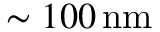
\sim 1 0 0 \, \mathrm { n m }